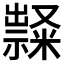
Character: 𱵰